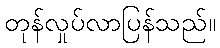
တုန်လှုပ်လာပြန်သည်။